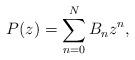
LaTeX: \begin{align*} P(z) = \sum_{n=0}^N B_nz^n,\end{align*}